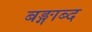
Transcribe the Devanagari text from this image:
बङ्गाब्द